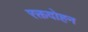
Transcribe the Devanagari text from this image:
रक्तदोहन